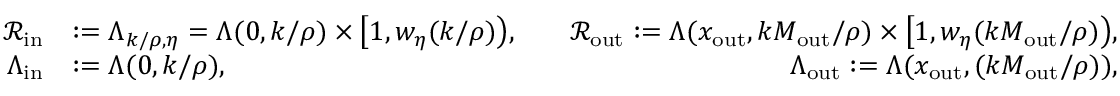
\begin{array} { r l r } { { \mathcal R } _ { \mathrm { i n } } } & { : = \Lambda _ { k / \rho , \eta } = \Lambda ( 0 , k / \rho ) \times \big [ 1 , w _ { \eta } ( k / \rho ) \big ) , \quad } & { { \mathcal R } _ { \mathrm { o u t } } : = \Lambda ( x _ { \mathrm { o u t } } , k M _ { \mathrm { o u t } } / \rho ) \times \big [ 1 , w _ { \eta } ( k M _ { \mathrm { o u t } } / \rho ) \big ) , } \\ { \Lambda _ { \mathrm { i n } } } & { : = \Lambda ( 0 , k / \rho ) , \qquad \qquad } & { \Lambda _ { \mathrm { o u t } } : = \Lambda ( x _ { \mathrm { o u t } } , ( k M _ { \mathrm { o u t } } / \rho ) ) , } \end{array}